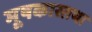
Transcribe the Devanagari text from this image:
मूषकास्तथा